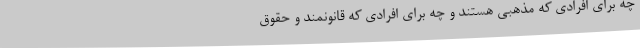
چه برای افرادی که مذهبی هستند و چه برای افرادی که قانونمند و حقوق